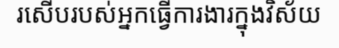
រសើបរបស់អ្នកធ្វើការងារក្នុងវិស័យ